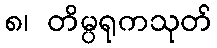
၈၊ တိမ္ပရုကသုတ်